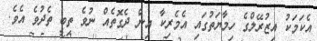
އެކަމަކު އިޒުރޭލްގެ ހިމާޔަތުގައި އެމެރިކާ އިން ދެގޮތެއް ނުވެ ތިބީ ތެދުވެ އެވެ.